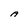
Character: A